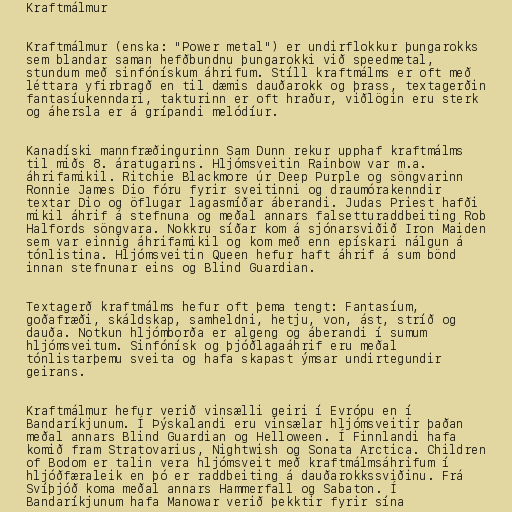
Kraftmálmur

Kraftmálmur (enska: "Power metal") er undirflokkur þungarokks
sem blandar saman hefðbundnu þungarokki við speedmetal,
stundum með sinfónískum áhrifum. Stíll kraftmálms er oft með
léttara yfirbragð en til dæmis dauðarokk og þrass, textagerðin
fantasíukenndari, takturinn er oft hraður, viðlögin eru sterk
og áhersla er á grípandi melódíur.

Kanadíski mannfræðingurinn Sam Dunn rekur upphaf kraftmálms
til miðs 8. áratugarins. Hljómsveitin Rainbow var m.a.
áhrifamikil. Ritchie Blackmore úr Deep Purple og söngvarinn
Ronnie James Dio fóru fyrir sveitinni og draumórakenndir
textar Dio og öflugar lagasmíðar áberandi. Judas Priest hafði
mikil áhrif á stefnuna og meðal annars falsetturaddbeiting Rob
Halfords söngvara. Nokkru síðar kom á sjónarsviðið Iron Maiden
sem var einnig áhrifamikil og kom með enn epískari nálgun á
tónlistina. Hljómsveitin Queen hefur haft áhrif á sum bönd
innan stefnunar eins og Blind Guardian.

Textagerð kraftmálms hefur oft þema tengt: Fantasíum,
goðafræði, skáldskap, samheldni, hetju, von, ást, stríð og
dauða. Notkun hljómborða er algeng og áberandi í sumum
hljómsveitum. Sinfónísk og þjóðlagaáhrif eru meðal
tónlistarþemu sveita og hafa skapast ýmsar undirtegundir
geirans.

Kraftmálmur hefur verið vinsælli geiri í Evrópu en í
Bandaríkjunum. Í Þýskalandi eru vinsælar hljómsveitir þaðan
meðal annars Blind Guardian og Helloween. Í Finnlandi hafa
komið fram Stratovarius, Nightwish og Sonata Arctica. Children
of Bodom er talin vera hljómsveit með kraftmálmsáhrifum í
hljóðfæraleik en þó er raddbeiting á dauðarokkssviðinu. Frá
Svíþjóð koma meðal annars Hammerfall og Sabaton. Í
Bandaríkjunum hafa Manowar verið þekktir fyrir sína